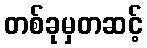
တစ်ခုမှတဆင့်